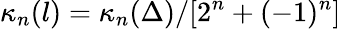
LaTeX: \kappa_{n}(l)=\kappa_{n}(\Delta)/[2^{n}+(-1)^{n}]